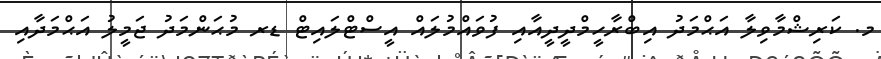
މ. ކަރިޝްމާވިލާ އަޙްމަދު އިބްރާހީމްދީދީއާއި ފުވައްމުލައް އީސްޓްލައިޓް ޑރ މުޙަންމަދު ޖަމީލު އަޙްމަދާއި